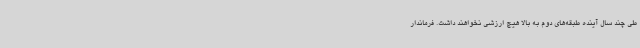
طی چند سال آینده طبقه‌های دوم به بالا هیچ ارزشی نخواهند داشت. فرماندار